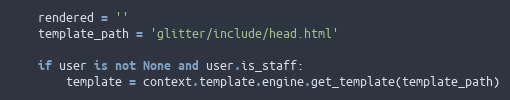
Language: Python
    rendered = ''
    template_path = 'glitter/include/head.html'

    if user is not None and user.is_staff:
        template = context.template.engine.get_template(template_path)